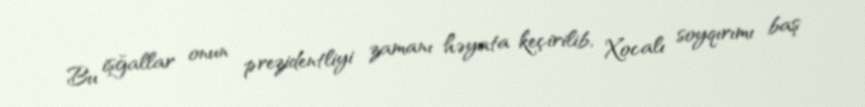
Bu işğallar onun prezidentliyi zamanı həyata keçirilib, Xocalı soyqırımı baş